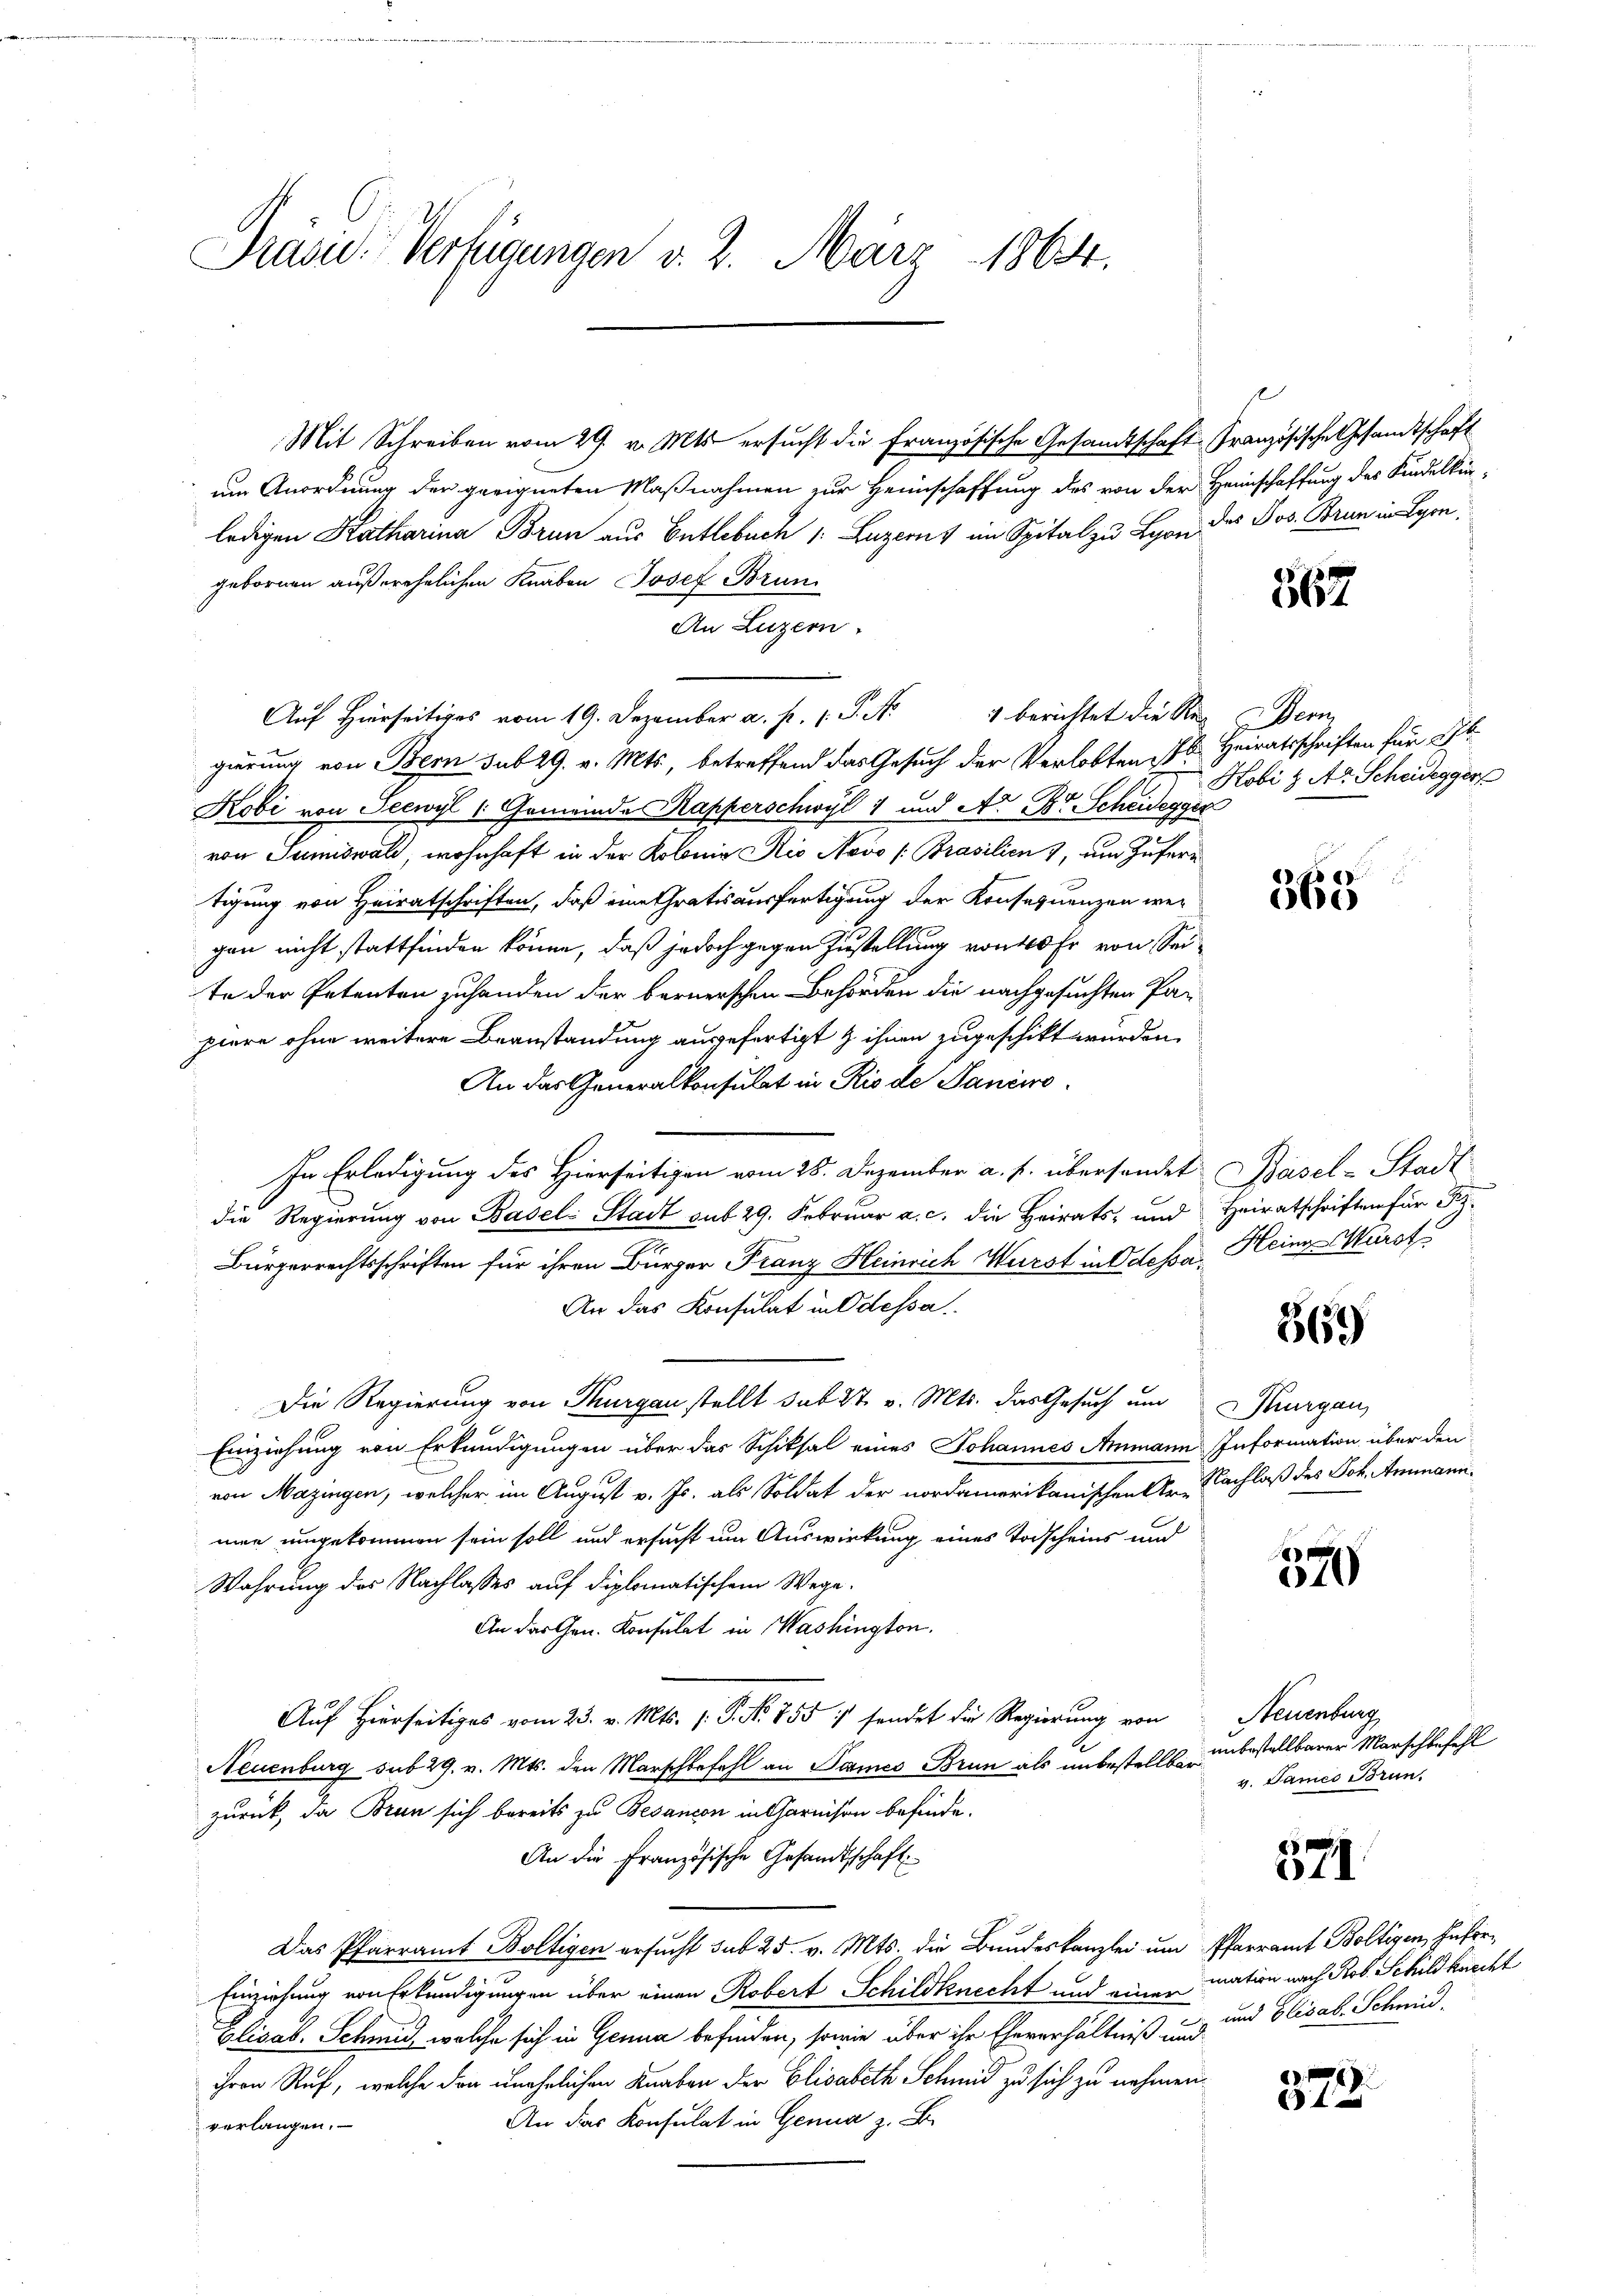
Präsid. Verfügungen v. 2. März 1864.

Mit Schreiben vom 29. v. Mts. ersucht die Französische Gesandtschaft Französische Gesandtschaft
um Anordnung der geeigneten Maßnahmen zur Heimschaffung des von der Heimschaftung des Kindelkin-
ledigen Katharina Brun aus Entlebuch 1. Luzern, im Spital zu Lyon des Jos. Brun in Lyon
gebornen außerehelichen Knaben Josef Brun
An Luzern.
Auf hierseitiges vom 19. Dezember a. p. 1 S. Nr. 4 berichtet die Reg. Bern
gierung von Bern sub 29. v. Mts., betreffend das Gesuch der Verlobten 6. Heiratsschriften für k
Kobi von Seewyl 1: Gemeindes Kapperschwyl 1 und A. Dr Scheidegger
von Sumiswald, wohnhaft in der Kolonia Rio Novo /Prasilien, um Zufern
tigung von Heiratschriften, daß eine tratis ausfertigung der Konsequenzen wer
gen nicht stattfinden könne, daß jedoch gegen Zustellung von 40 Fr. von Seite der Petenten zuhanden der bernerschen Behörden die nachgesuchten Pa-
piere ohne weitere Beanstandung ausgefertigt & ihnen zugeschikt wurden.
An das Generalkonsulat in Rio de Paniwo
In Erledigung des Hierseitigen vom 28. Dezember a. p. übersendet Basel-Stadt
die Regierung von Basel Stadt sub 29. Februar a. c. die Heirats- und Heiratschriften für K
Bürgerrechtsschriften für ihren Bürger Franz Heinrich Weirst in Odessa, Hein-Marst
An das Konsulat in Odessa
Die Regierung von Thurgau stellt sub 27. v. Mts. das Gesuch um Thurgau,
Einziehung von Erkundigungen über das Schiksal eines Johannes Ammann Information über den
von Mazingen, welcher im August v. Js. als Soldat der nordamerikanischen Ur- Nachlaß des Joh. Ammannmie umgekommen sein soll und ersucht um Auswirkung eines Todscheins und
Wahrung des Nachlasses auf diplomatischem Wege.
An das Gen. Konsulat in Washington.
Auf Hierseitiges vom 23. v. Mts. s. P. Nr. 755 :/ sendet die Regierung von Neuenburg,
Neuenburg sub 29. v. Mts. den Marschbefehl an James Brun als unbestellbar
zurück, da Bran sich bereits zu Besancon in Garnison befinde.
An die Französische Gesandtschaft
Das Pfarramt Boltigen ersucht sub 25. v. Mts. die Bundeskanzlei um Pfarramt Boltigen Infor¬
Einziehung von Erkundigungen über einen Robert Schildknecht und einer mation nach Rob. Schildknecht
Elisab. Schmid, welche sich in Genua befinden, sowie über ihr Eheverhältniß und und Elisab. Schmid,
ihren Ruf, welche den unehrlichen Knaben der Elisabeth Schmid zu sich zu nehmen.
An das Konsulat in Genua z. B.
verlangen.

367

Kobi & Ar Scheidegger

365

369)

x
010

unbestellbarer Marschbefehl
v. James Brun

371

d